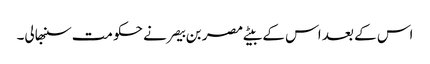
اس کے بعد اس کے بیٹے مصر بن بیصر نے حکومت سنبھالی۔